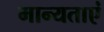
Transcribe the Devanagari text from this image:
मान्‍यताएं